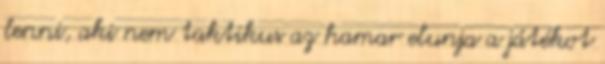
lenni, aki nem taktikus az hamar elunja a játékot